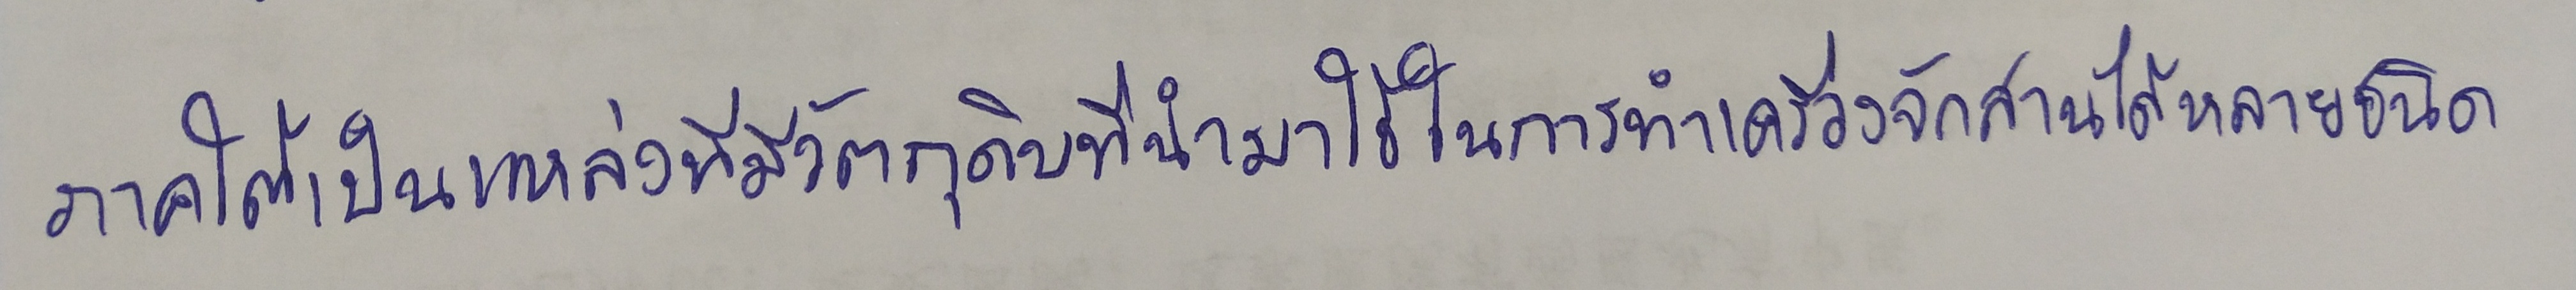
ภาคใต้เป็นแหล่งที่มีวัตถุดิบที่นำมาใช้ในการทำเครื่องจักสานได้หลายชนิด